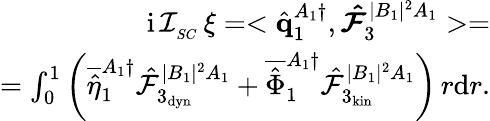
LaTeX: \begin{array}{r}{\mathrm{i}\, \mathcal{I}_{_{SC}}\, \xi=<\hat{\mathbf{q}}_{1}^{A_{1}\dagger},\boldsymbol{\hat{\mathcal{F}}}_{3}^{|B_{1}|^{2}A_{1}}>=}\\ {=\int_{0}^{1}\left(\overline{{\hat{\eta}}}_{1}^{A_{1}\dagger}\hat{\mathcal{F}}_{3_{\mathrm{dyn}}}^{|B_{1}|^{2}A_{1}}+\overline{{\hat{\Phi}}}_{1}^{A_{1}\dagger}\hat{\mathcal{F}}_{3_{\mathrm{kin}}}^{|B_{1}|^{2}A_{1}}\right)\, r\mathrm{d}r.}\end{array}